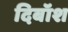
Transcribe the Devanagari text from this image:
दिबॉश